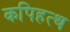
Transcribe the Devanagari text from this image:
कपिहत्थ